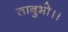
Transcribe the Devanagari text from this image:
ताबुभो।।